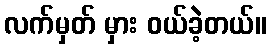
လက်မှတ် မှား ဝယ်ခဲ့တယ်။